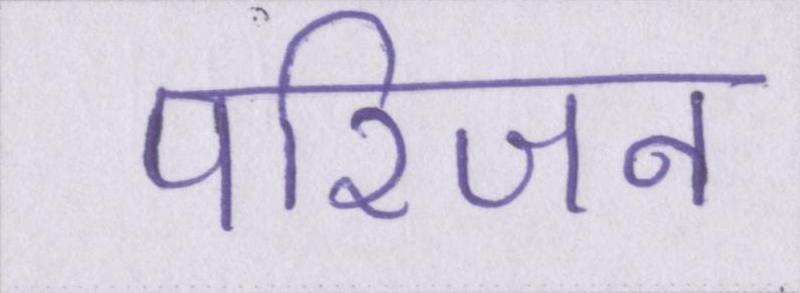
परिजन